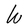
Character: W